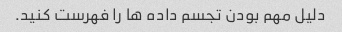
دلیل مهم بودن تجسم داده ها را فهرست کنید.